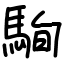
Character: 駨